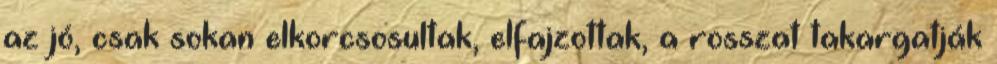
az jó, csak sokan elkorcsosultak, elfajzottak, a rosszat takargatják